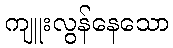
ကျူးလွန်နေသော